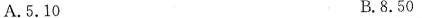
A.5.10 B.8.50